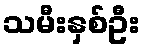
သမီးနှစ်ဦး